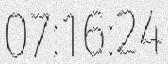
07:16:24